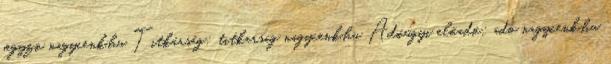
jegyzo nagycenk.hu Titkárság: titkarsag nagycenk.hu Adóügyi előadó: ado nagycenk.hu